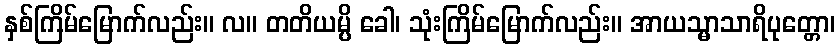
နှစ်ကြိမ်မြောက်လည်း။ လ။ တတိယမ္ပိ ခေါ၊ သုံးကြိမ်မြောက်လည်း။ အာယသ္မာသာရိပုတ္တော၊